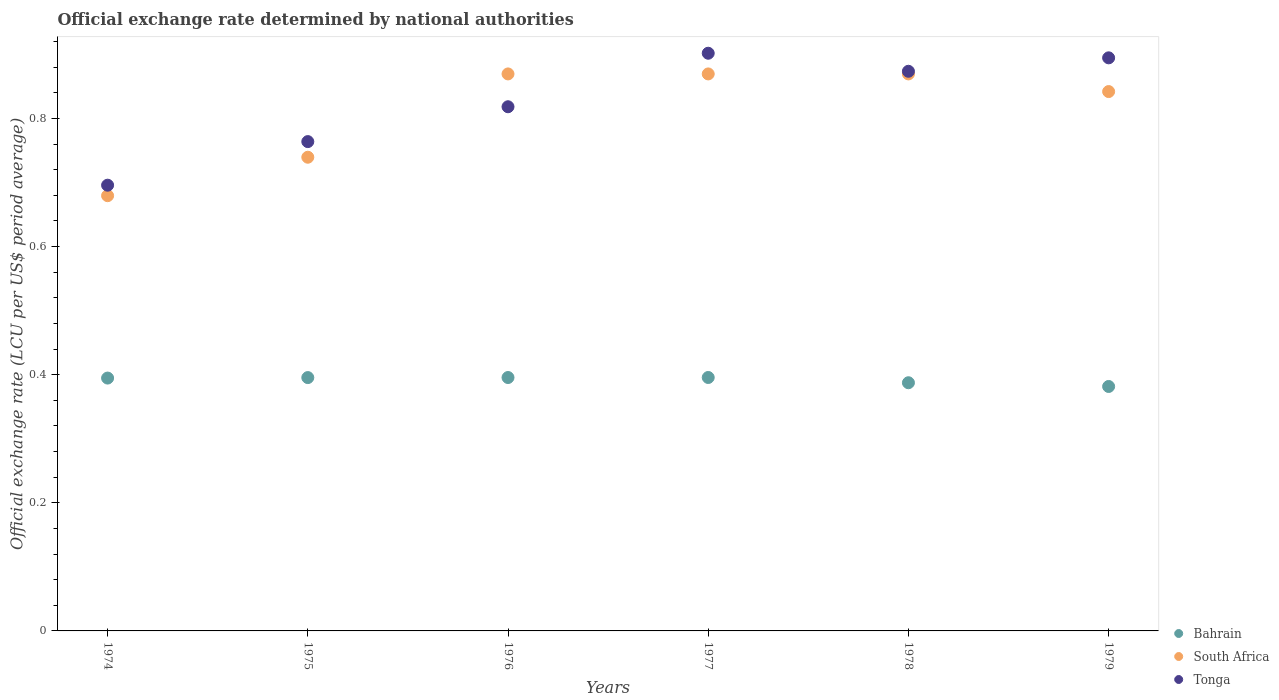
| Years | Bahrain | South Africa | Tonga |
 | --- | --- | --- | --- |
 | 1974 | 0.395 | 0.679 | 0.696 |
 | 1975 | 0.395 | 0.74 | 0.764 |
 | 1976 | 0.396 | 0.87 | 0.818 |
 | 1977 | 0.396 | 0.87 | 0.902 |
 | 1978 | 0.387 | 0.87 | 0.874 |
 | 1979 | 0.382 | 0.842 | 0.895 |